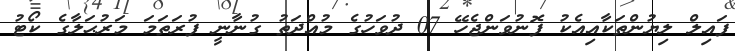
ފައިލް ލިޔުންތަކާއިއެކު ފޮނުވަންޖެހޭ 07 ދުވަހުގެ މުއްދަތު ގުނާނީ ފުރަތަމަ މަރުޙަލާގެ ކޯޓު